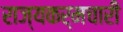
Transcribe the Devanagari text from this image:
राज्यकर्मचारी